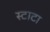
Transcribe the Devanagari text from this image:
स्टाटा